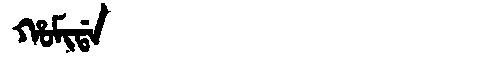
Manchu: ᡥᠣᠮᡳᡩᠠ
Romanization: HOMIDA